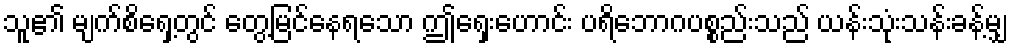
သူ၏ မျက်စိရှေ့တွင် တွေ့မြင်နေရသော ဤရှေးဟောင်း ပရိဘောဂပစ္စည်းသည် ယန်းသုံးသန်းခန့်မျှ